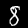
Label: 8